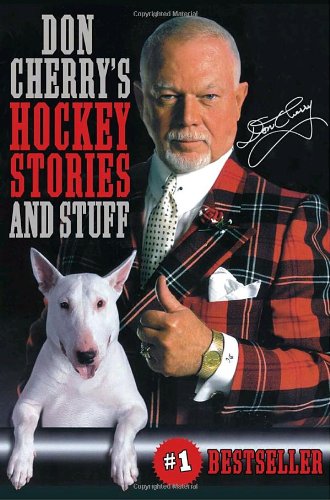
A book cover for Don Cherry's Hockey Stories and Stuff; Don Cherry; Biographies & Memoirs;